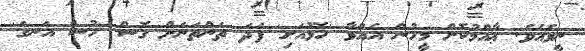
ނީވެއެވެ. ޢާއްމުކޮށް މީހުން އެއްވާ 'ހޮޅުއަށި' ފަދަ ތަންތަނަށް ގޮސް 'ހުސް އަނގަ'